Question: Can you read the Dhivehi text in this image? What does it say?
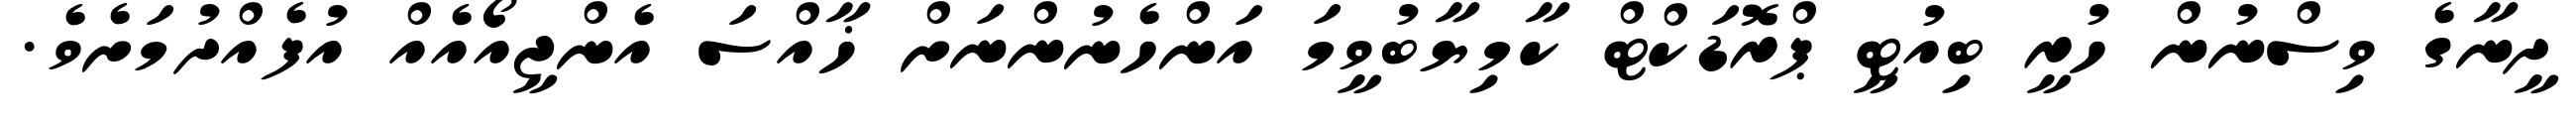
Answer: ދީނާގެ ވިސްނުން ހުރީ ބިއުޓީ ޕްރޮޑަކްޓް ކާމިޔާބުވީމަ އަންހެނުންނަށް ޚާއްސަ އެންޖީއޯއެއް އުފެއްދުމަށެވެ.